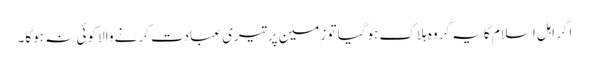
اگر اہل اسلام کا یہ گروہ ہلاک ہوگیا تو زمین پر تیری عبادت کرنے والا کوئی نہ ہوگا۔